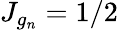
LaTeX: J_{g_{n}}=1/2